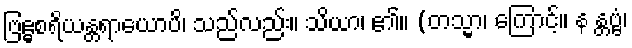
ဗြဧ္မစရိယန္တရာယောပိ၊ သည်လည်း။ သိယာ၊ ၏။ (တသ္မာ၊ ကြောင့်။ န န္တဗ္ဗံ၊